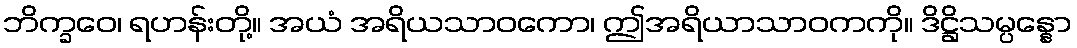
ဘိက္ခဝေ၊ ရဟန်းတို့။ အယံ အရိယသာဝကော၊ ဤအရိယာသာဝကကို။ ဒိဋ္ဌိသမ္ပန္နော